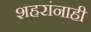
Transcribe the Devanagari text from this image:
शहरांनाही